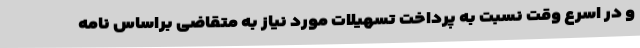
و در اسرع وقت نسبت به پرداخت تسهیلات مورد نیاز به متقاضی براساس نامه